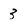
Character: 3